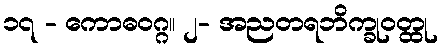
၁၇ - ကောဓဝဂ္ဂ။ ၂- အညတရဘိက္ခုဝတ္ထု